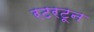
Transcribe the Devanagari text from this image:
रटरटून